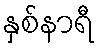
နှစ်နာရီ